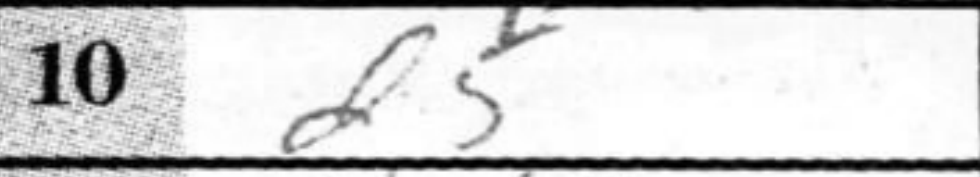
Transcription: d5